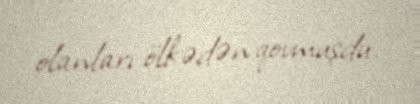
olanları ölkədən qovmuşdu.